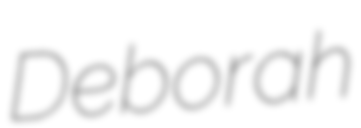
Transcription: Deborah